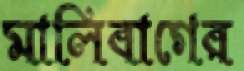
মালিবাগের